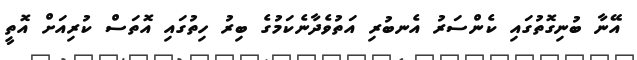
އޭނާ ބުނިގޮތުގައި ކެންސަރު އެނބުރި އަތުވެދާނެކަމުގެ ބިރު ހިތުގައި އޮތަސް ކުރިއަށް އޮތީ